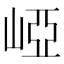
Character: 𡹄